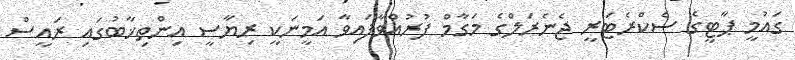
ގައުމީ ޕާޓީގެ ސެކްރެޓަރީ ޖެނެރަލްގެ މަގާމް ފުރުއްވާފައިވާ އަމީނަކީ ރިޔާސީ އިންތިޚާބުގައި ރައީސް